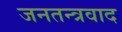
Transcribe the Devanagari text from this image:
जनतन्त्रवाद